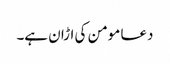
دعا مومن کی اڑان ہے۔